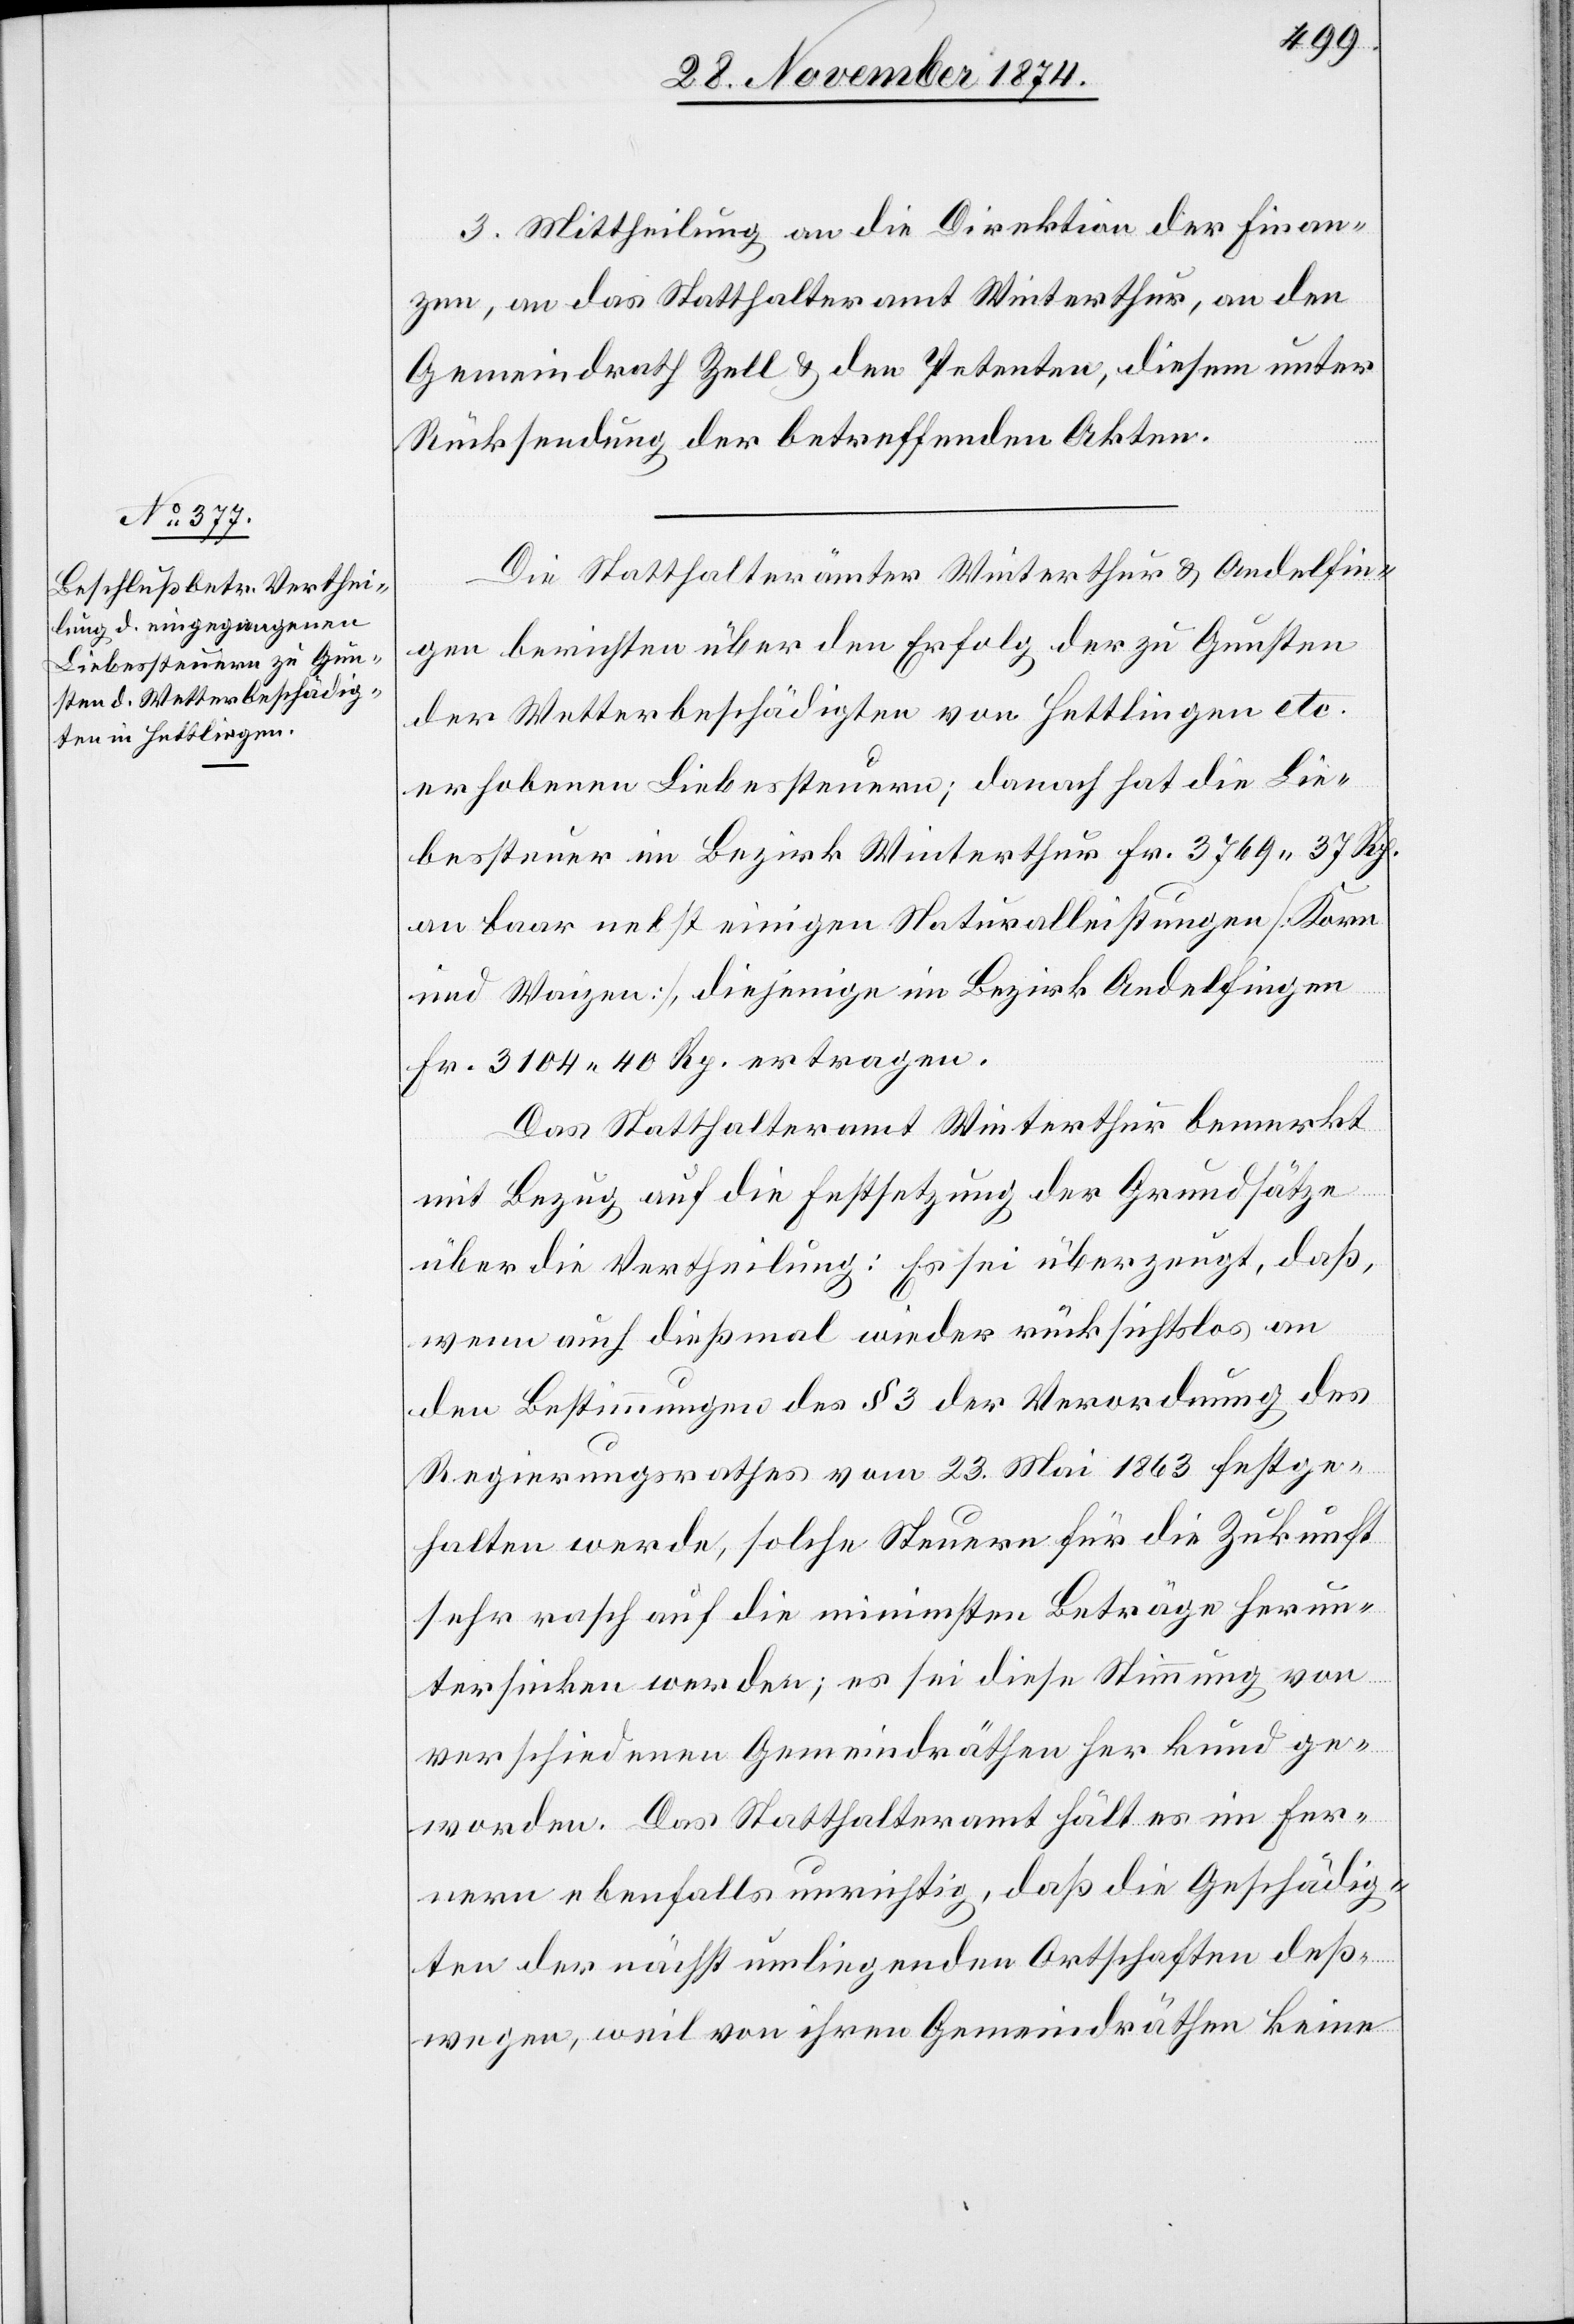
3. Mittheilung an die Direktion der Finan¬
zen, an das Statthalteramt Winterthur, an den
Gemeindrath Zell & den Petenten, diesem unter
Rücksendung der betreffenden Akten.
Die Statthalterämter Winterthur & Andelfin¬
gen berichten über den Erfolg der zu Gunsten
der Wetterbeschädigten von Hettlingen etc.
erhobenen Liebessteuern; danach hat die Lie¬
bessteuer im Bezirk Winterthur Fr. 3769.37 Rp.
an baar nebst einigen Naturalleistungen [Korn
und Waizen], diejenige im Bezirk Andelfingen
Fr. 3104. 40 Rp. ertragen.
Das Statthalteramt Winterthur bemerkt
mit Bezug auf die Festsetzung der Grundsätze
über die Vertheilung: Es sei überzeugt, daß,
wenn auch dießmal wieder rücksichtslos an
den Bestimmungen des § 3 der Verordnung des
Regierungsrathes vom 23. Mai 1863 festge¬
halten werde, solche Steuern für die Zukunft
sehr rasch auf die minimsten Beträge herun¬
tersinken werden; es sei diese Stimmung von
verschiedenen Gemeindräthen her kund ge¬
worden. Das Statthalteramt hält es im Fer¬
nern ebenfalls unrichtig, daß die Geschädig¬
ten der nächst umliegenden Ortschaften deß¬
wegen, weil von ihren Gemeindräthen keine